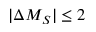
| \Delta M _ { S } | \le 2